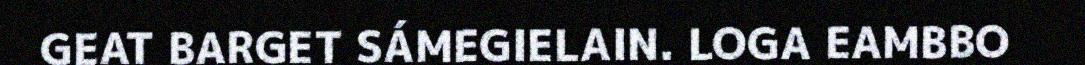
GEAT BARGET SÁMEGIELAIN. LOGA EAMBBO